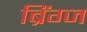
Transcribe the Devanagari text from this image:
ब्रिंग्ज